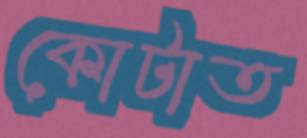
কোটাত